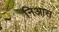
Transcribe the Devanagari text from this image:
निआस